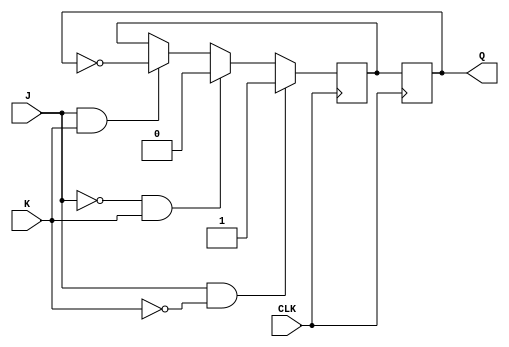
module JK_flipflop (
    input wire J,
    input wire K,
    input wire CLK,
    output reg Q
);

reg Q_temp;

always @(negedge CLK) begin
    if (J & !K) begin
        Q_temp <= 1;
    end else if (!J & K) begin
        Q_temp <= 0;
    end else if (J & K) begin
        Q_temp <= ~Q;
    end
end

always @(posedge CLK) begin
    Q <= Q_temp;
end

endmodule